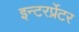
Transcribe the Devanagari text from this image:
इन्टरर्प्रेटर